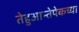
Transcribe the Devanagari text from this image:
तेहुआन्तेपेकच्या